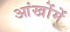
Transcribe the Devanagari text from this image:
आंखोंमें